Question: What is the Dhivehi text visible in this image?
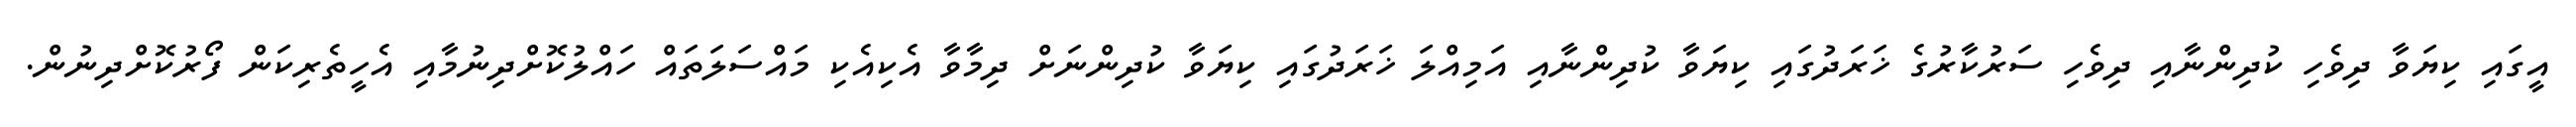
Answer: އީގައި ކިޔަވާ ދިވެހި ކުދިންނާއި ދިވެހި ސަރުކާރުގެ ޚަރަދުގައި ކިޔަވާ ކުދިންނާއި އަމިއްލަ ޚަރަދުގައި ކިޔަވާ ކުދިންނަށް ދިމާވާ އެކިއެކި މައްސަލަތައް ހައްލުކޮށްދިނުމާއި އެހީތެރިކަން ފޯރުކޮށްދިނުން.